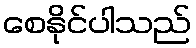
စေနိုင်ပါသည်